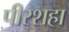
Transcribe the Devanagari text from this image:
पीरशहा